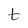
Character: t